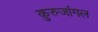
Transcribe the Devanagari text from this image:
कुरुजांगल